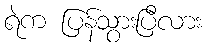
ရဲက ပြန်သွားပြီလား